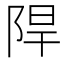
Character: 𮥈